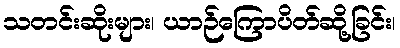
သတင်းဆိုးများ၊ ယာဉ်ကြောပိတ်ဆို့ခြင်း၊